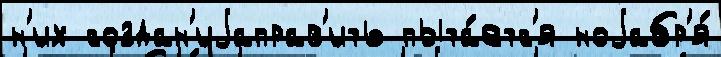
н'их создан'иjаправ'ить пыта́етс'я ноjабр'я́